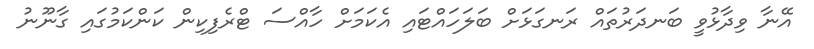
އޭނާ ވިދާޅުވީ ބަނދަރުތައް ރަނގަޅަށް ބަލަހައްޓައި އެކަމަށް ހާއްސަ ޓްރެފިކިން ކަންކަމުގައި ގާނޫނު